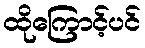
ထိုကြောင့်ပင်